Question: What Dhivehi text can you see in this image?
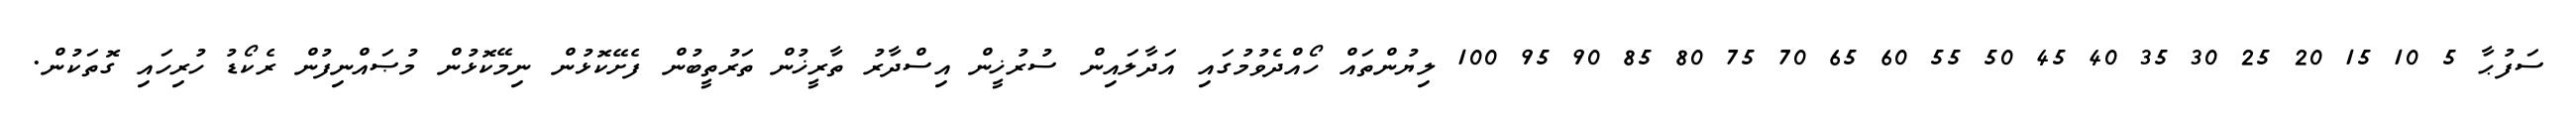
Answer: ސަފުޙާ 5 10 15 20 25 30 35 40 45 50 55 60 65 70 75 80 85 90 95 100 ލިޔުންތައް ހޯއްދެވުމުގައި އަދާލައިން ސުރުޚީން އިސްދާރު ތާރީޚުން ތަރުތީބުން ފެށޭކޮޅުން ނިމޭކޮޅުން މުޞައްނިފުން ރެކޯޑު ހުރިހައި ގޮތަކުން.